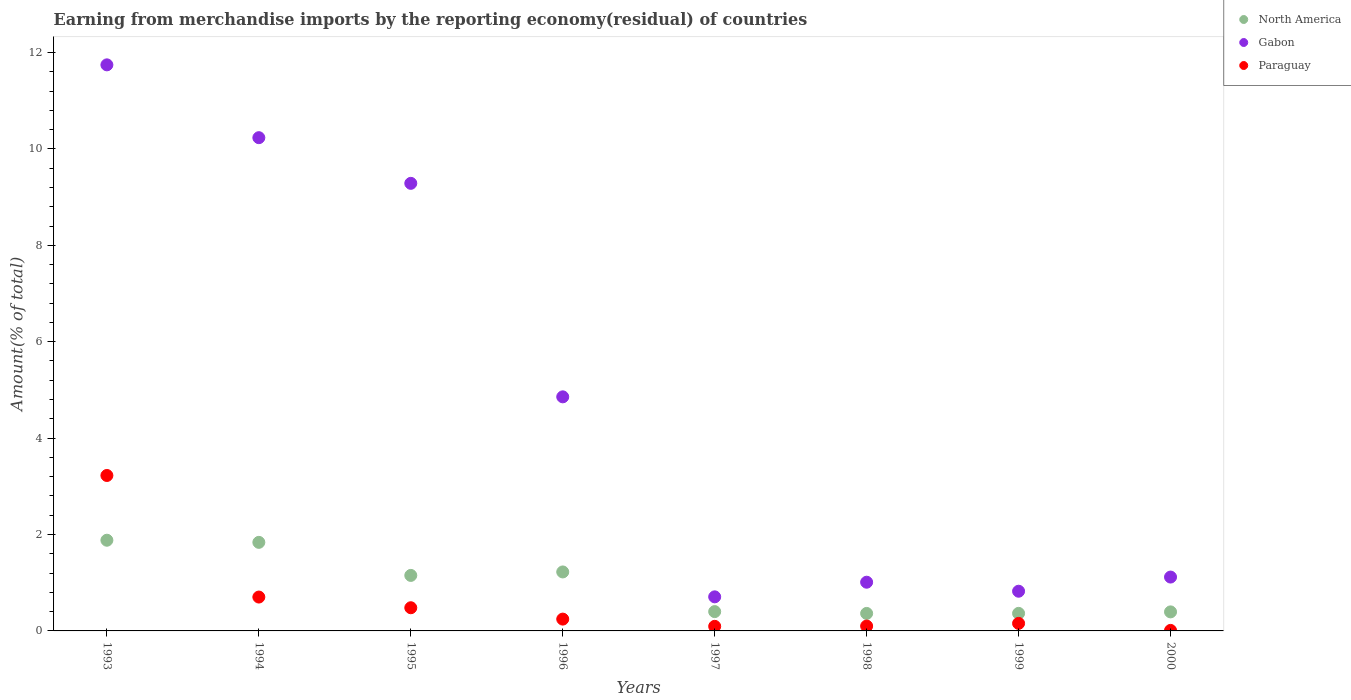
| Years | North America | Gabon | Paraguay |
 | --- | --- | --- | --- |
 | 1993 | 1.88 | 11.7 | 3.22 |
 | 1994 | 1.84 | 10.2 | 0.703 |
 | 1995 | 1.15 | 9.29 | 0.481 |
 | 1996 | 1.22 | 4.86 | 0.245 |
 | 1997 | 0.401 | 0.707 | 0.0949 |
 | 1998 | 0.363 | 1.01 | 0.101 |
 | 1999 | 0.364 | 0.823 | 0.157 |
 | 2000 | 0.395 | 1.12 | 0.0109 |